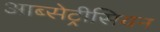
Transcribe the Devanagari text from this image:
आब्सेट्रीसियन